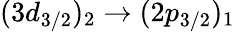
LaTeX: (3d_{3/2})_{2}\rightarrow(2p_{3/2})_{1}